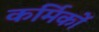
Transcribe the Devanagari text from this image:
कर्मिकाें